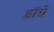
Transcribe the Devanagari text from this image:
डॉग्रे